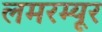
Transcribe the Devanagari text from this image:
लमरम्यूर